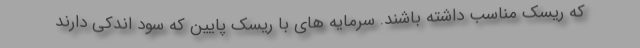
که ریسک مناسب داشته باشند. سرمایه های با ریسک پایین که سود اندکی دارند